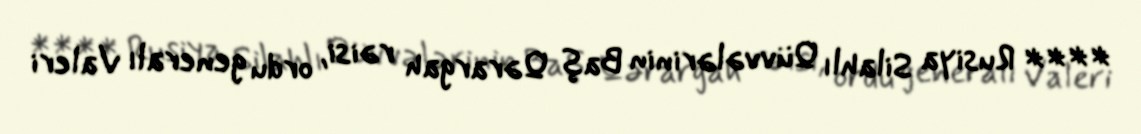
**** Rusiya Silahlı Qüvvələrinin Baş Qərargah rəisi, ordu generalı Valeri